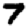
Digit: 7